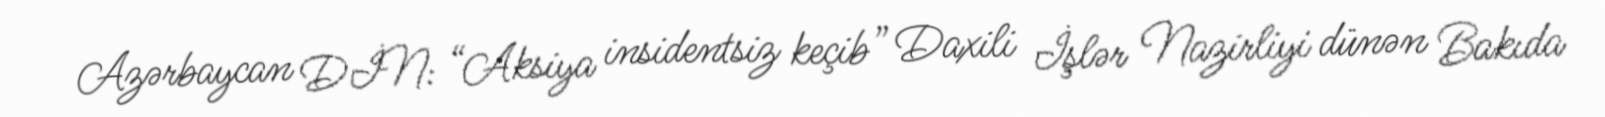
Azərbaycan DİN: “Aksiya insidentsiz keçib” Daxili İşlər Nazirliyi dünən Bakıda